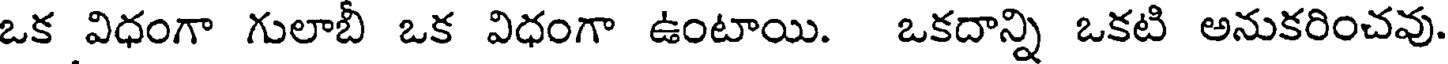
ఒక విధంగా గులాబీ ఒక విధంగా ఉంటాయి. ఒకదాన్ని ఒకటి అనుకరించవు